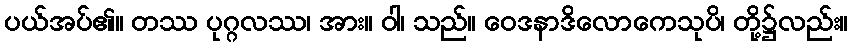
ပယ်အပ်၏။ တဿ ပုဂ္ဂလဿ၊ အား။ ဝါ၊ သည်။ ဝေဒနာဒိလောကေသုပိ၊ တို့၌လည်း။